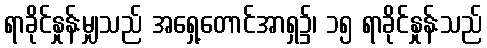
ရာခိုင်နှုန်းမျှသည် အရှေ့တောင်အာရှ၌၊ ၁၅ ရာခိုင်နှုန်းသည်